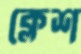
ক্লেশ